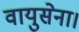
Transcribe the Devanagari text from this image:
वायुसेना।